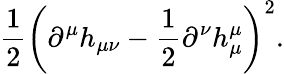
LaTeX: \frac{1}{2}\left(\partial^{\mu}h_{\mu\nu}-\frac{1}{2}\partial^{\nu}h_{\mu}^{\mu}\right)^{2}.